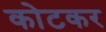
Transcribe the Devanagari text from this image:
कोटकर